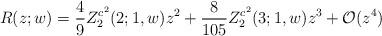
LaTeX: \begin{align*}R(z;w) = \frac{4}{9} Z_2^{c^2}(2;1,w) z^2 +\frac{8}{105} Z_2^{c^2}(3;1,w) z^3 + {\cal O} (z^4) \end{align*}